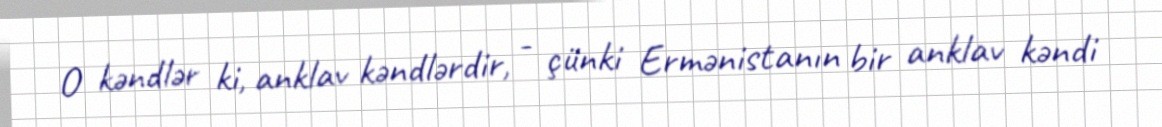
O kəndlər ki, anklav kəndlərdir, - çünki Ermənistanın bir anklav kəndi